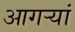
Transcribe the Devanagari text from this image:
आगऱ्यां